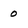
Character: 0